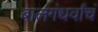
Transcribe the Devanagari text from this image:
बालगंधर्वांचं